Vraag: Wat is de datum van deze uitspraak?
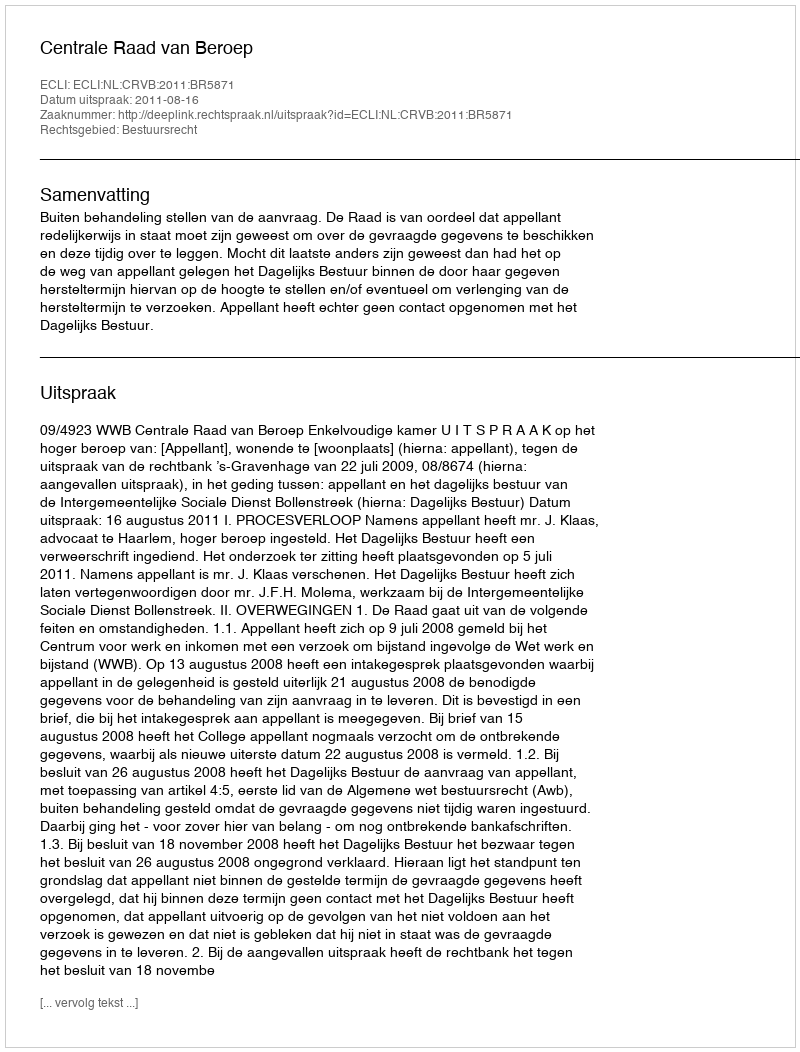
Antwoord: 2011-08-16